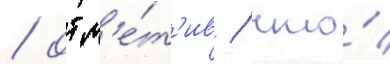
/ отм'е́т'ив / что́